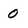
Character: 0